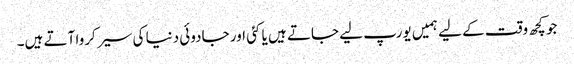
جو کچھ وقت کے لیے ہمیں یورپ لیے جاتے ہیں یا کئی اور جادوئی دنیا کی سیر کروا آتے ہیں۔